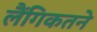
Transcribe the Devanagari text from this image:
लैंगिकतने